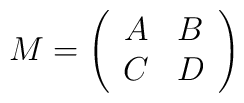
M = \left(\begin{array}{cc} A & B \cr C & D \end{array}\right)